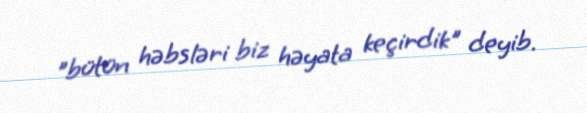
"bütün həbsləri biz həyata keçirdik" deyib.